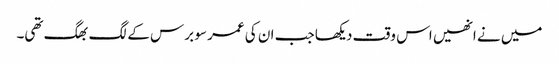
میں نے انھیں اس وقت دیکھا جب ان کی عمر سو برس کے لگ بھگ تھی۔